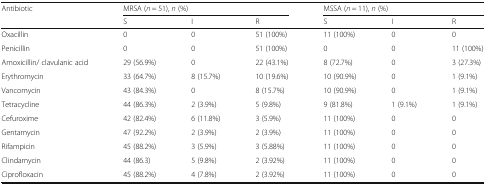
<table><thead><tr><td><b>Antibiotic</b></td><td colspan="3"><b>MRSA (<i>n</i> = 51), <i>n</i> (%)</b></td><td colspan="3"><b>MSSA (<i>n</i> = 11), <i>n</i> (%)</b></td></tr><tr><td></td><td><b>S</b></td><td><b>I</b></td><td><b>R</b></td><td><b>S</b></td><td><b>I</b></td><td><b>R</b></td></tr></thead><tbody><tr><td>Oxacillin</td><td>0</td><td>0</td><td>51 (100%)</td><td>11 (100%)</td><td>0</td><td>0</td></tr><tr><td>Penicillin</td><td>0</td><td>0</td><td>51 (100%)</td><td>0</td><td>0</td><td>11 (100%)</td></tr><tr><td>Amoxicillin/ clavulanic acid</td><td>29 (56.9%)</td><td>0</td><td>22 (43.1%)</td><td>8 (72.7%)</td><td>0</td><td>3 (27.3%)</td></tr><tr><td>Erythromycin</td><td>33 (64.7%)</td><td>8 (15.7%)</td><td>10 (19.6%)</td><td>10 (90.9%)</td><td>0</td><td>1 (9.1%)</td></tr><tr><td>Vancomycin</td><td>43 (84.3%)</td><td>0</td><td>8 (15.7%)</td><td>10 (90.9%)</td><td>0</td><td>1 (9.1%)</td></tr><tr><td>Tetracycline</td><td>44 (86.3%)</td><td>2 (3.9%)</td><td>5 (9.8%)</td><td>9 (81.8%)</td><td>1 (9.1%)</td><td>1 (9.1%)</td></tr><tr><td>Cefuroxime</td><td>42 (82.4%)</td><td>6 (11.8%)</td><td>3 (5.9%)</td><td>11 (100%)</td><td>0</td><td>0</td></tr><tr><td>Gentamycin</td><td>47 (92.2%)</td><td>2 (3.9%)</td><td>2 (3.9%)</td><td>11 (100%)</td><td>0</td><td>0</td></tr><tr><td>Rifampicin</td><td>45 (88.2%)</td><td>3 (5.9%)</td><td>3 (5.88%)</td><td>11 (100%)</td><td>0</td><td>0</td></tr><tr><td>Clindamycin</td><td>44 (86.3)</td><td>5 (9.8%)</td><td>2 (3.92%)</td><td>11 (100%)</td><td>0</td><td>0</td></tr><tr><td>Ciprofloxacin</td><td>45 (88.2%)</td><td>4 (7.8%)</td><td>2 (3.92%)</td><td>11 (100%)</td><td>0</td><td>0</td></tr></tbody></table>